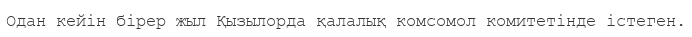
Одан кейін бірер жыл Қызылорда қалалық комсомол комитетінде істеген.